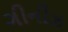
ગીનીઝ